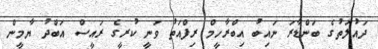
ދައުލަތުގެ ބަންޑާރަ ނައިބު އިބްރާހީމް ރިފްއަތު ވަނީ ކުރީގެ ރައީސް އަބްދު ޔާމީން